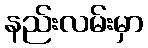
နည်းလမ်းမှာ